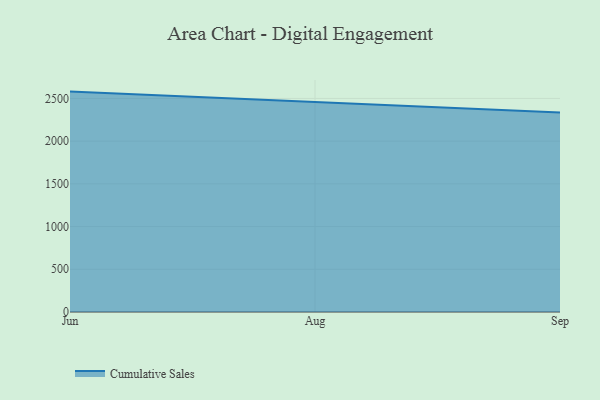
{"axis": {"x": "Month", "y": "Bounce Rate (%)"}, "legend": ["Cumulative Sales"], "data": [{"x": "Jun", "y": 2579.9, "type": "Cumulative Sales"}, {"x": "Aug", "y": 2455.6, "type": "Cumulative Sales"}, {"x": "Sep", "y": 2336.1, "type": "Cumulative Sales"}]}